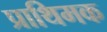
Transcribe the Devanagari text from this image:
प्राथिमक